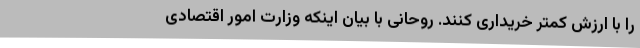
را با ارزش کمتر خریداری کنند. روحانی با بیان اینکه وزارت امور اقتصادی